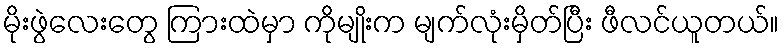
မိုးဖွဲလေးတွေ ကြားထဲမှာ ကိုမျိုးက မျက်လုံးမှိတ်ပြီး ဖီလင်ယူတယ်။